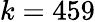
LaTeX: k=459